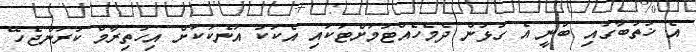
އެ ޚުތުބާގައި ބުނީ އެ ގުޅުން ދެމެހެއްޓުމަށްޓަކައި އެކަކު އަނެކަކަށް އިހުތިރާމް ކުރަންޖެހޭ